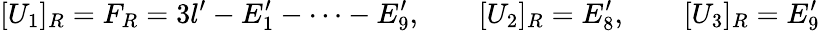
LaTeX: [U_{1}]_{R}=F_{R}=3l^{\prime}-E_{1}^{\prime}-\dots-E_{9}^{\prime},\qquad[U_{2}]_{R}=E_{8}^{\prime},\qquad[U_{3}]_{R}=E_{9}^{\prime}